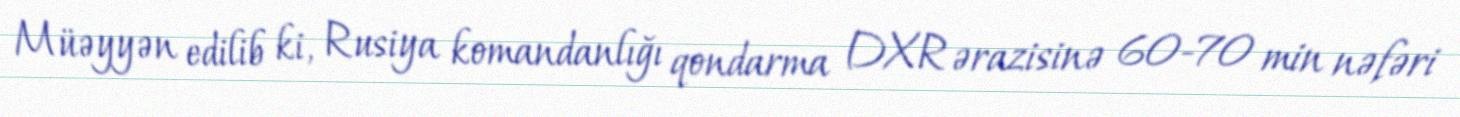
Müəyyən edilib ki, Rusiya komandanlığı qondarma DXR ərazisinə 60-70 min nəfəri